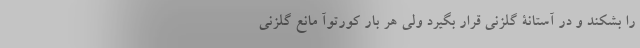
را بشکند و در آستانۀ گلزنی قرار بگیرد ولی هر بار کورتوآ مانع گلزنی